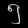
Digit: ၅